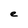
Character: e